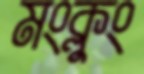
মংক্লুং